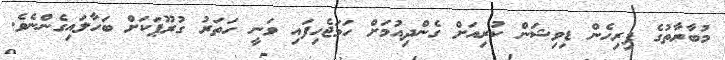
މުބާރާތުގެ ފިރިހެން ޑިވިޝަން ކުރިއަށް ގެންދިއުމަށް ހަމަޖެހިފައި ވަނީ ހަތަރު ގުރޫޕަކަށް ބަހާލައިގެންނެވެ.